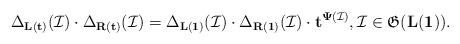
LaTeX: \begin{align*}\Delta_{\mathbf{L}(\mathbf{t})}(\mathcal{I})\cdot\Delta_{\mathbf{R}(\mathbf{t})}(\mathcal{I})= \Delta_{\mathbf{L}(\mathbf{1})}(\mathcal{I})\cdot \Delta_{\mathbf{R}(\mathbf{1})}(\mathcal{I}) \cdot \mathbf{t}^{\mathbf{\Psi}(\mathcal{I})},\mathcal{I}\in\mathfrak{G}(\mathbf{L}(\mathbf{1})). \end{align*}